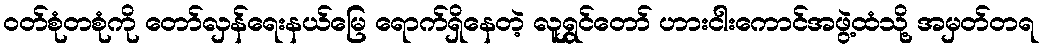
ဝတ်စုံတစုံကို တော်လှန်ရေးနယ်မြေ ရောက်ရှိနေတဲ့ လူရွှင်တော် ဟားငါးကောင်အဖွဲ့ထံသို့ အမှတ်တရ